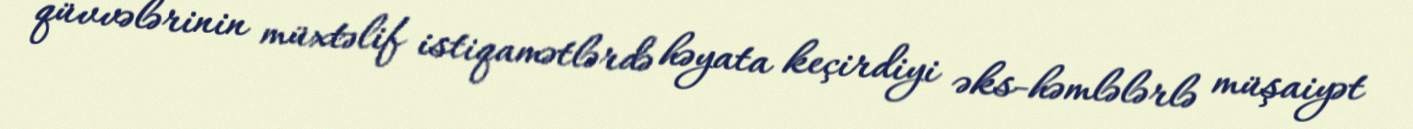
qüvvələrinin müxtəlif istiqamətlərdə həyata keçirdiyi əks-həmlələrlə müşaiyət